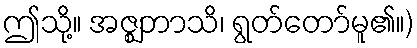
ဤသို့။ အဇ္ဈဘာသိ၊ ရွတ်တော်မူ၏။)